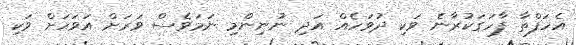
އެހަފްތާ ފާހަގަކުރާނެ ވަކި ދުވަހެއް އަދި ނުނިންމި ނަމަވެސް ވަރަށް އަވަހަށް ވަކި